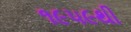
૧૯૫૯થી